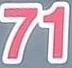
71